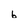
Character: b